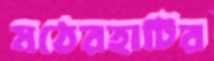
মঠেরহাটির